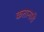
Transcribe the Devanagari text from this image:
कतानारी